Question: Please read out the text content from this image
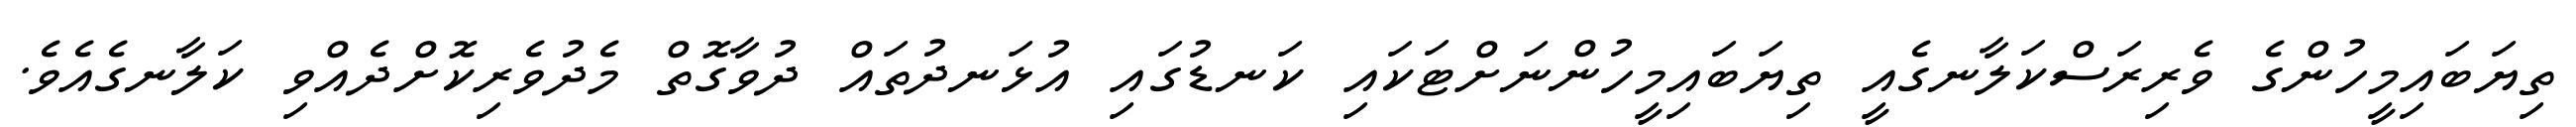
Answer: ތިޔަބައިމީހުންގެ ވެރިރަސްކަލާނގެއީ ތިޔަބައިމީހުންނަށްޓަކައި ކަނޑުގައި އުޅަނދުތައް ދުވާގޮތް މެދުވެރިކޮށްދެއްވި ކަލާނގެއެވެ.